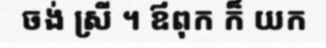
ចង់ ស្រី ។ ឪពុក ក៏ យក